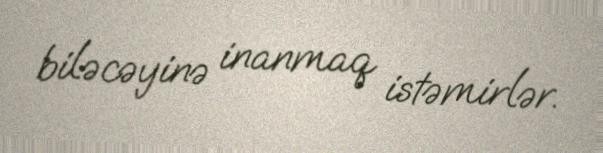
biləcəyinə inanmaq istəmirlər.